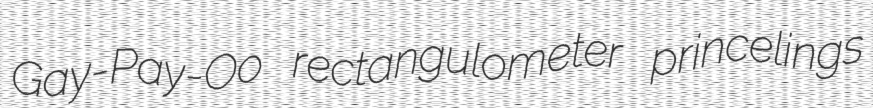
Gay-Pay-Oo rectangulometer princelings